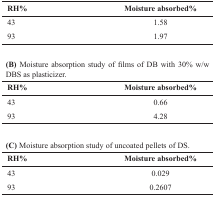
| RH% | Moisture absorbed% |
 | --- | --- |
 | 43 | 1.58 |
 | 93 | 1.97 |
 | <COLSPAN=2> (B) Moisture absorption study of films of DB with 30% w/w DBS as plasticizer. |
 | RH% | Moisture absorbed% |
 | 43 | 0.66 |
 | 93 | 4.28 |
 | <COLSPAN=2> (C) Moisture absorption study of uncoated pellets of DS. |
 | RH% | Moisture absorbed% |
 | 43 | 0.029 |
 | 93 | 0.2607 |